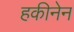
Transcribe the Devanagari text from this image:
हकीनेन